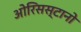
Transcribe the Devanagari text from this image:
ओरिसस्टानो